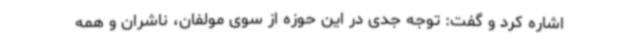
اشاره کرد و گفت: توجه جدی در این حوزه از سوی مولفان، ناشران و همه